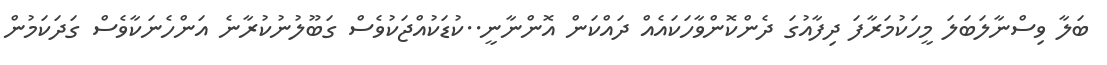
ބަލާ ވިސްނާލަބަލަ މީހަކުމަރާފަ ދިފާއުގަ ދެންކޮންވާހަކައެއް ދައްކަން އޮންނާނީ..ކުޑަކުއްޖަކުވެސް ގަބޫލުނުކުރާނެ އަންހެނަކާވެސް ގަދަކަމުން